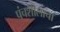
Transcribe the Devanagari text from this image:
पंचशीलाचा